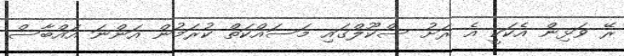
ރޭ ވަޅިން އެކަކީ އެ ރަށު ސްކޫލްގައި މަސައްކަތް ކުރަމުން އަންނަ އައްބާސް